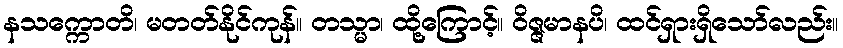
နသက္ကောတိ၊ မတတ်နိုင်ကုန်။ တသ္မာ၊ ထို့ကြောင့်။ ဝိဇ္ဇမာနပိ၊ ထင်ရှားရှိသော်လည်း။